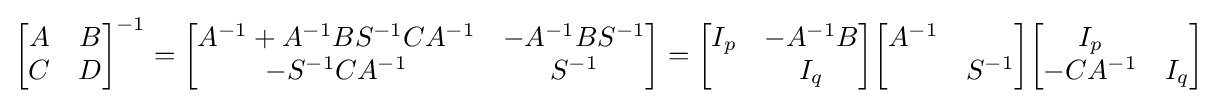
{\begin{bmatrix}A&B\\C&D\end{bmatrix}}^{-1}={\begin{bmatrix}A^{-1}+A^{-1}BS^{-1}CA^{-1}&-A^{-1}BS^{-1}\\-S^{-1}CA^{-1}&S^{-1}\end{bmatrix}}={\begin{bmatrix}I_{p}&-A^{-1}B\\&I_{q}\end{bmatrix}}{\begin{bmatrix}A^{-1}&\\&S^{-1}\end{bmatrix}}{\begin{bmatrix}I_{p}&\\-CA^{-1}&I_{q}\end{bmatrix}}